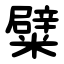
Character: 糪